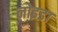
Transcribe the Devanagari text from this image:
नोइडा